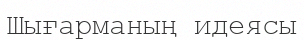
Шығарманың идеясы